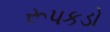
રૂપકડો